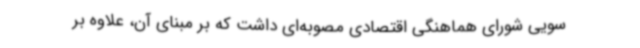
سویی شورای هماهنگی اقتصادی مصوبه‌ای داشت که بر مبنای آن، علاوه بر